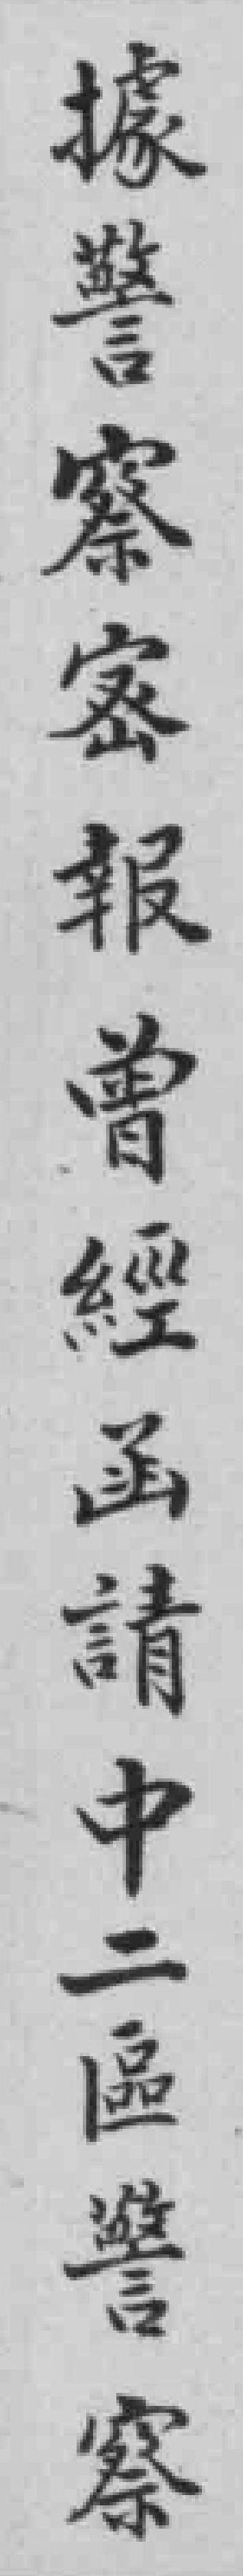
據警察密報曾經函請中二區警察